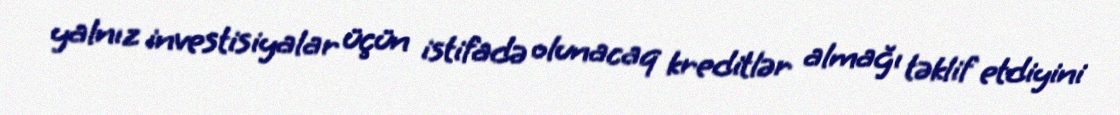
yalnız investisiyalar üçün istifadə olunacaq kreditlər almağı təklif etdiyini